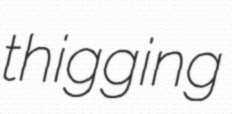
thigging